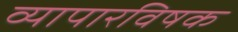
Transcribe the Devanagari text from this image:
व्यापारविषक